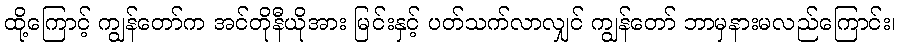
ထို့ကြောင့် ကျွန်တော်က အင်တိုနီယိုအား မြင်းနှင့် ပတ်သက်လာလျှင် ကျွန်တော် ဘာမှနားမလည်ကြောင်း၊